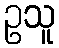
ဥသူ